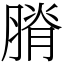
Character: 膌